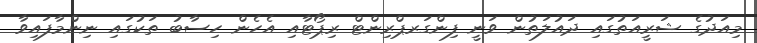
މިއަދުގެ ޝަރީއަތުގައި ދައުލަތުން ވަނީ ފިންގަރޕްރިންޓް ރިޕޯޓާއި އެހެން ހިސާބު ތަކުގައި ނިންމާފައިވާ